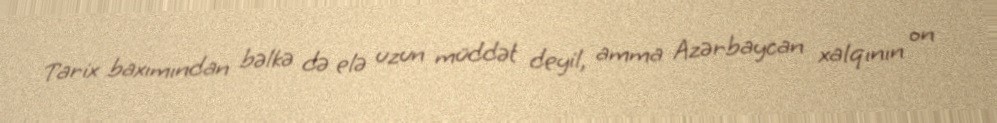
Tarix baxımından bəlkə də elə uzun müddət deyil, amma Azərbaycan xalqının on